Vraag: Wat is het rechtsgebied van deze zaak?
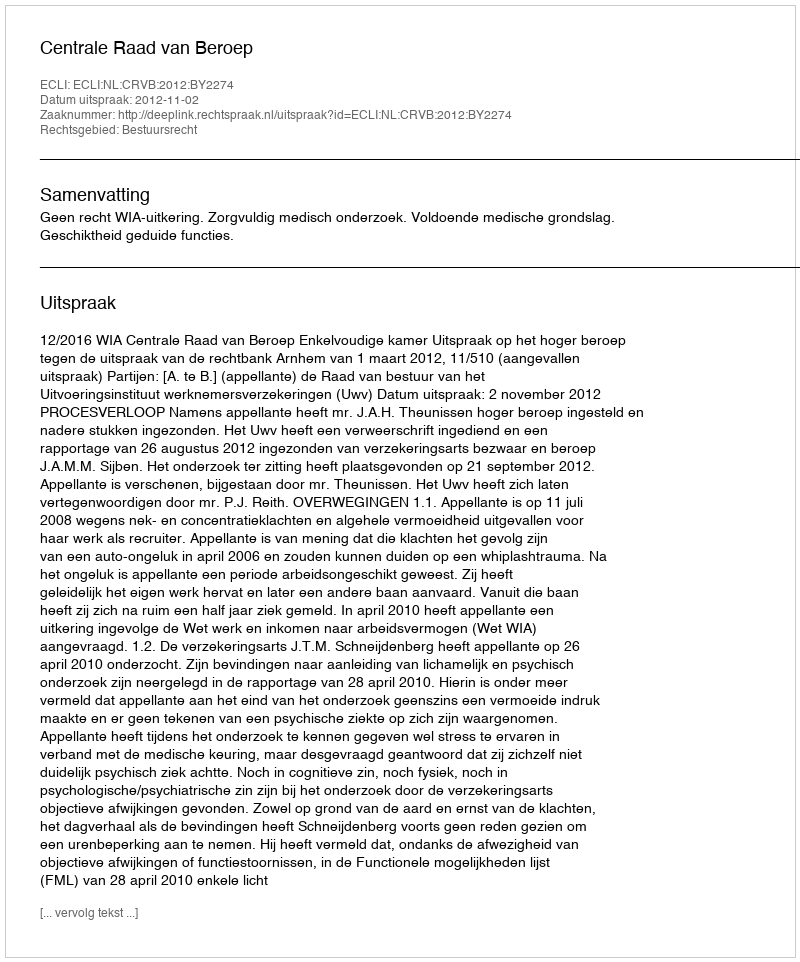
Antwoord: Bestuursrecht